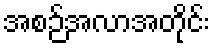
အစဉ်အလာအတိုင်း